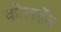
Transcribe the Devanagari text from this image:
कोलडॅन